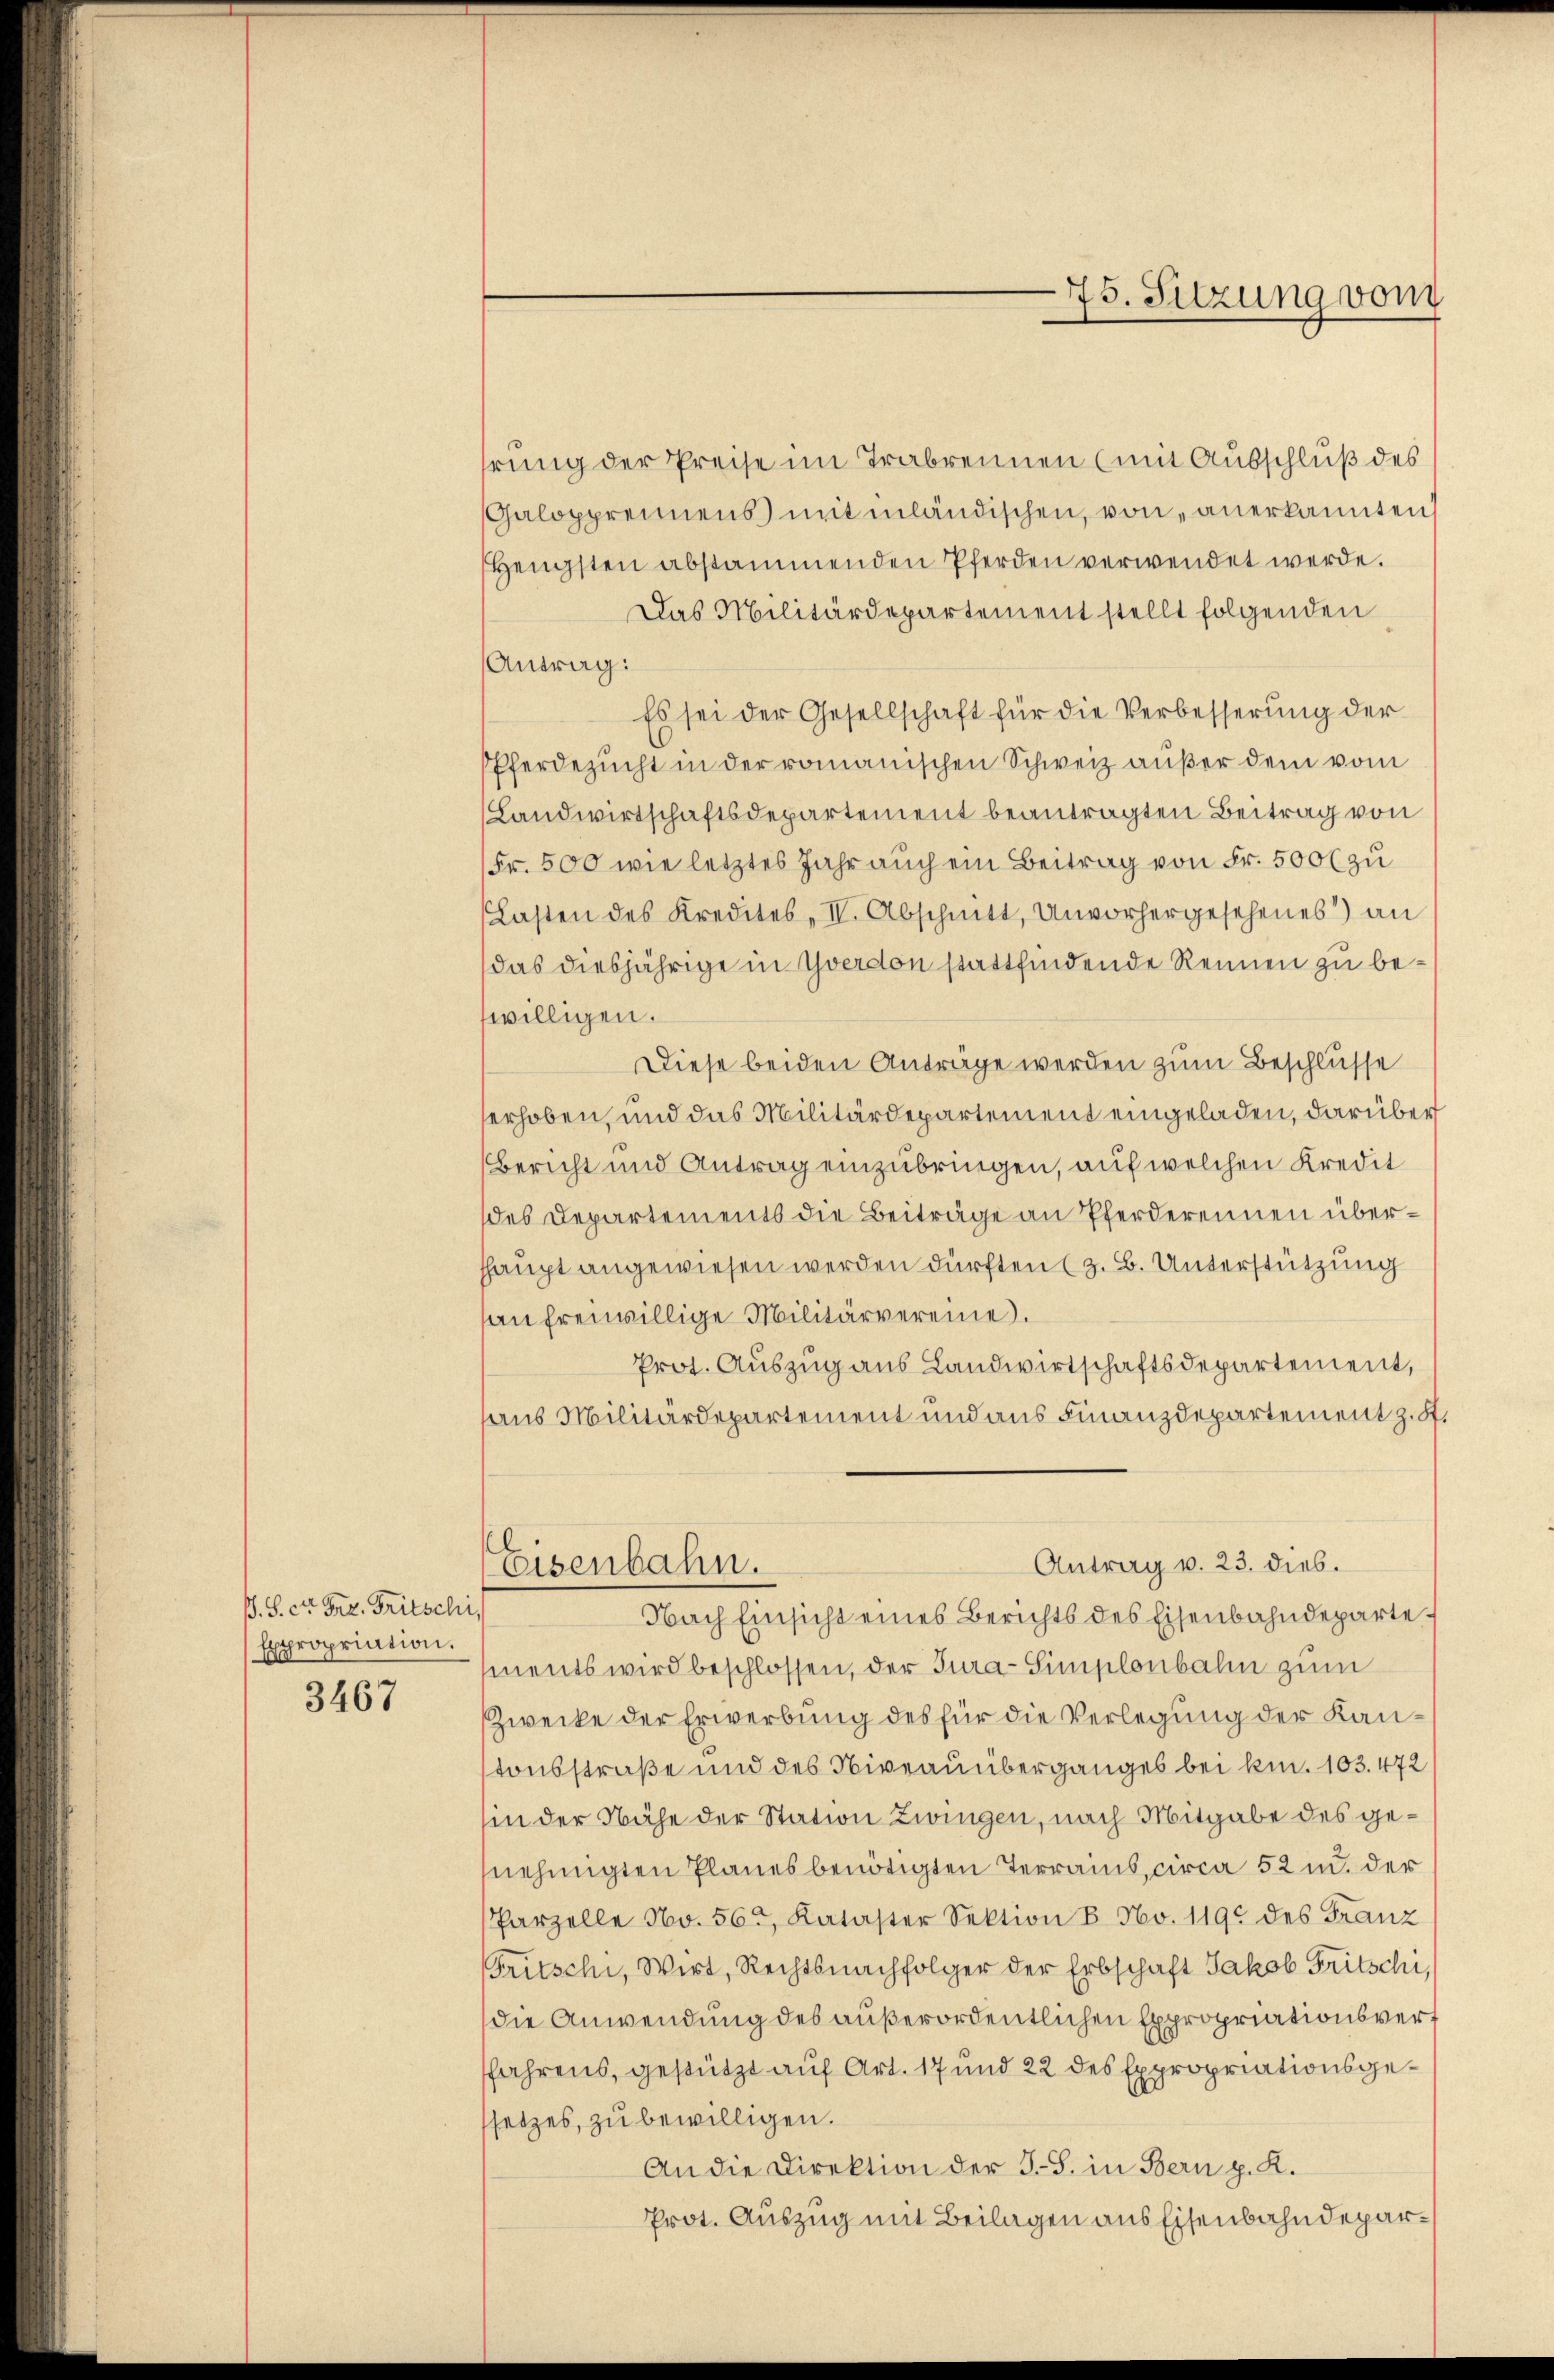
B. S. cr. Frz. Fritschi,
Expropriation.

3467

75. Sitzung vom

hrung der Preise im Trabrennen (mit Ausschluß des
Galopprennens mitmländischen, von anerkannten
Hengsten abstammenden Pferden verwendet werde.
Das Militärdepartement stellt folgenden
Antrag:
Es sei der Gesellschaft für die Verbesserung der
Pferdezucht in der romanischen Schweiz außer dem vom
(Landwirtschaftsdepartement beantragten Beitrag von
Fr. 500 wie letztes Jahr auch ein Beitrag von Fr. 500 l zu
Lasten des Kredites, II. Abschnitt, Unvorhergesehenes) an
das diesjährige in Yverdon stattfindende Rennen zu bewilligen.
Diese beiden Anträge werden zum Beschlusse
erhoben, und das Militärdepartement eingeladen, darüber
Bericht und Antrag einzubringen, auf welchen Kredit
des Departements die Beiträge an Pferderennen übershaupt angewiesen werden dürften (z. B. Unterstützung
an freiwillige Militärvereine.
Prot. Auszug aus Landwirtschaftsdepartement,
aus Militärdepartement und aus Finanzdepartement z. S.
Antrag v. 23. dies.
Eisenbahn.
Nach Einsicht eines Berichts des Eisenbahndeparte
ments wird beschlossen, der Jura-Simplonbahn zum
Zwecke der Erwerbung des für die Verlegung der Kantonsstraße und des Niveauüberganges bei kn. 103. 472
hin der Nähe der Station zwingen, nach Mitgabe des gesnehmigten Planes benötigten Terrains, circa 52 u. der
Parzelle No. 56, Kataster Sektion B. No. 119 des Franz
Fritschi, Wirt, Rechtsnachfolger der Erbschaft Jakob Fritschi,
die Anwendung des außerordentlichen Expropriationsverf
fahrens, gestützt auf Art. 17 und 22 des Expropriationsgesetzes, zu bewilligen.
An die Direktion der J. S. in Bern p. K.
Prot. Auszug mit Beilagen aus Eisenbahndepar¬